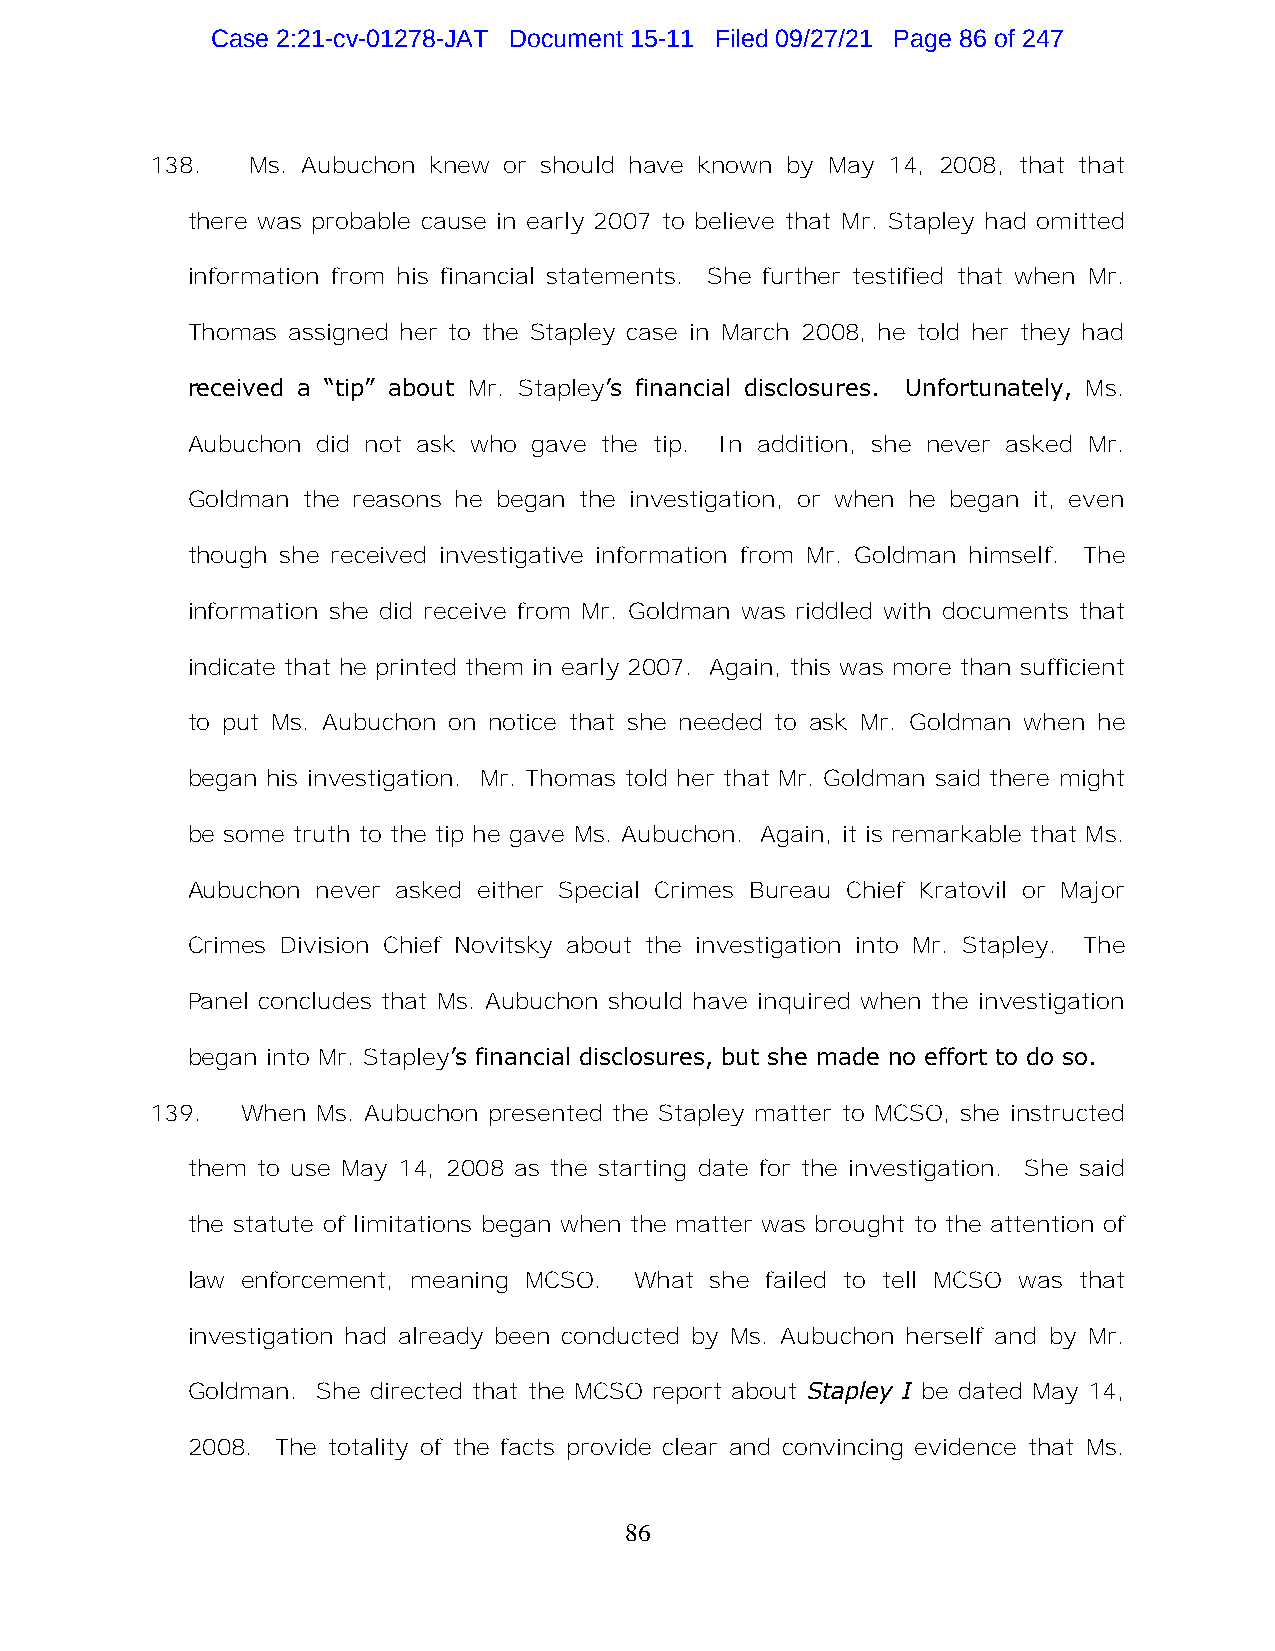
Case 2:21-cv-01278-JAT Document 15-11 Filed 09/27/21 Page 86 of 247
 138.  Ms. Aubuchon knew or should have known by May 14, 2008, that that
 there was probable cause in early 2007 to believe that Mr. Stapley had omitted
 information from his financial statements. She further testified that when Mr.
 Thomas assigned her to the Stapley case in March 2008, he told her they had
 received a “tip” about Mr. Stapley’s financial disclosures. Unfortunately, Ms.
 Aubuchon did not ask who gave the tip. In addition, she never asked Mr.
 Goldman the reasons he began the investigation, or when he began it, even
 though she received investigative information from Mr. Goldman himself. The
 information she did receive from Mr. Goldman was riddled with documents that
 indicate that he printed them in early 2007. Again, this was more than sufficient
 to put Ms. Aubuchon on notice that she needed to ask Mr. Goldman when he
 began his investigation. Mr. Thomas told her that Mr. Goldman said there might
 be some truth to the tip he gave Ms. Aubuchon. Again, it is remarkable that Ms.
 Aubuchon never asked either Special Crimes Bureau Chief Kratovil or Major
 Crimes Division Chief Novitsky about the investigation into Mr. Stapley. The
 Panel concludes that Ms. Aubuchon should have inquired when the investigation
 began into Mr. Stapley’s financial disclosures, but she made no effort to do so.
 139.  When Ms. Aubuchon presented the Stapley matter to MCSO, she instructed
 them to use May 14, 2008 as the starting date for the investigation. She said
 the statute of limitations began when the matter was brought to the attention of
 law enforcement, meaning MCSO. What she failed to tell MCSO was that
 investigation had already been conducted by Ms. Aubuchon herself and by Mr.
 Goldman. She directed that the MCSO report about Stapley I be dated May 14,
 2008. The totality of the facts provide clear and convincing evidence that Ms.
 86